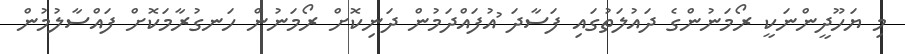
މި ޔަހޫދީންނަކީ ރޯމަނުންގެ ދައުލަތުގައި ފަސާދަ ުއުފައްދަމުން ދަނިކޮށް ރޯމަނުން ހަނގުރާމަކޮށް ފައްސާލުމުން